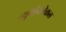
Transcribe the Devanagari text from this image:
न्युमोकोकल